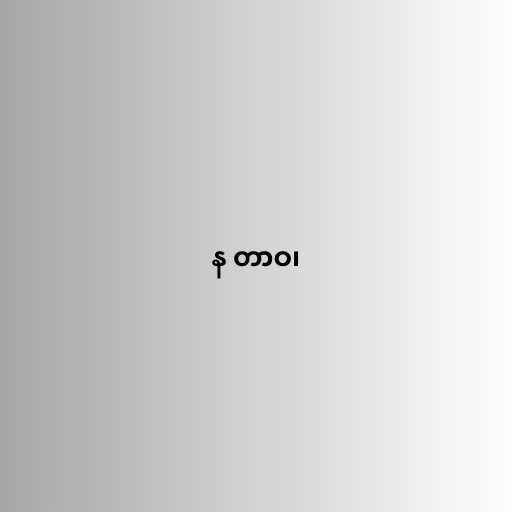
န တာဝ၊